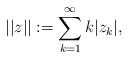
LaTeX: \begin{align*}||z||:=\sum_{k=1}^{\infty} k|z_k|,\end{align*}